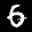
Digit: 6